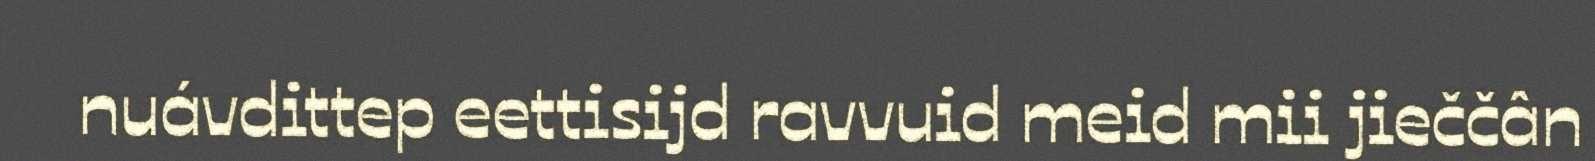
nuávdittep eettisijd ravvuid meid mii jieččân